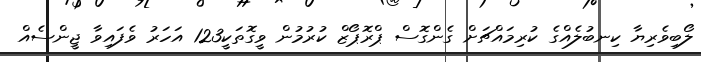
ލޯބިވެރިޔާ ކިނބުލެއްގެ ކުރިމައްޗަށް ގެންގޮސް ޕްރޮޕޯޒް ކުރުމުން ވީގޮތަކީ123 އަހަރު ވެފައިވާ ޖީންސެއް